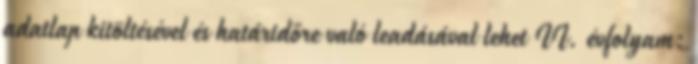
adatlap kitöltésével és határidőre való leadásával lehet II. évfolyam: